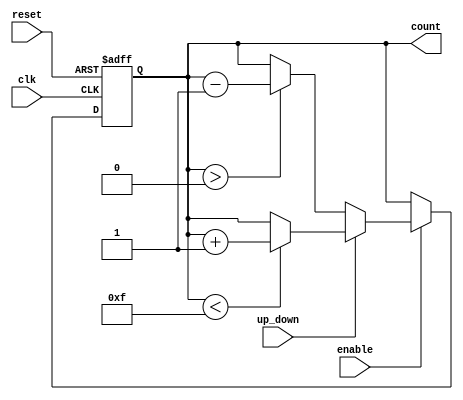
module UpDownCounter (
    input wire clk,          // Clock signal
    input wire reset,        // Asynchronous reset signal
    input wire up_down,      // Control signal for counting direction
    input wire enable,       // Control signal to enable counting
    output reg [3:0] count   // 4-bit counter output
);

    // Asynchronous reset
    always @(posedge clk or posedge reset) begin
        if (reset) begin
            count <= 4'b0000; // Reset counter to zero
        end else if (enable) begin
            if (up_down) begin
                // Count up
                if (count < 4'b1111) begin
                    count <= count + 1; // Increment counter
                end
            end else begin
                // Count down
                if (count > 4'b0000) begin
                    count <= count - 1; // Decrement counter
                end
            end
        end
    end

endmodule